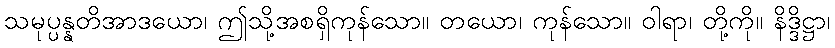
သမုပ္ပန္နတိအာဒယော၊ ဤသို့အစရှိကုန်သော။ တယော၊ ကုန်သော။ ဝါရာ၊ တို့ကို။ နိဒ္ဒိဋ္ဌာ၊